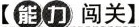
【能力闯关】